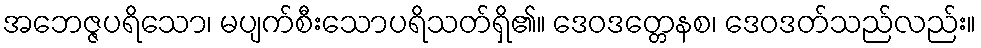
အဘေဇ္ဇပရိသော၊ မပျက်စီးသောပရိသတ်ရှိ၏။ ဒေဝဒတ္တေနစ၊ ဒေဝဒတ်သည်လည်း။